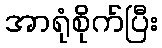
အာရုံစိုက်ပြီး